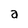
Character: a